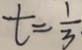
t = \frac { 1 } { 3 }